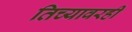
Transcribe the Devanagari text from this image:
तिच्यावरही